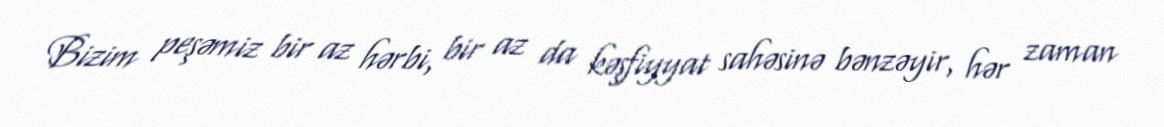
Bizim peşəmiz bir az hərbi, bir az da kəşfiyyat sahəsinə bənzəyir, hər zaman